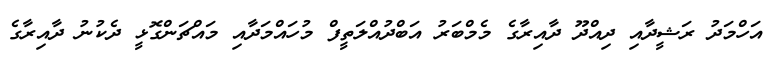
އަހްމަދު ރަޝީދާއި ދިއްދޫ ދާއިރާގެ މެމްބަރު އަބްދުއްލަތީފް މުހައްމަދާއި މައްޗަންގޮޅީ ދެކުނު ދާއިރާގެ